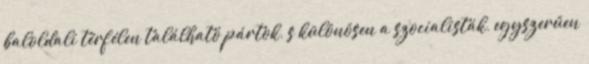
baloldali térfélen található pártok, s különösen a szocialisták, egyszerűen